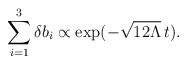
LaTeX: \begin{align*}\sum_{i=1}^3 \delta b_i \propto \exp(-\sqrt{12\Lambda}\, t).\end{align*}